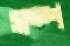
সম্প